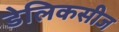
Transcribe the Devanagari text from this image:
डेलिकसीज